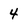
Character: 4